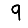
Digit: 9